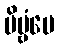
ဗိမ္ဗံပေ